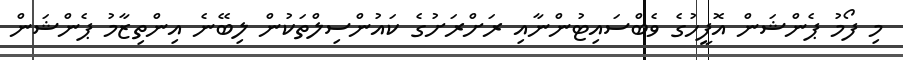
މި ފޯމު ޕެންޝަން އޮފީހުގެ ވެބްސައިޓުންނާއި ރަށްރަށުގެ ކައުންސިލްތަކުން ލިބޭނެ އިންތިޒާމު ޕެންޝަން